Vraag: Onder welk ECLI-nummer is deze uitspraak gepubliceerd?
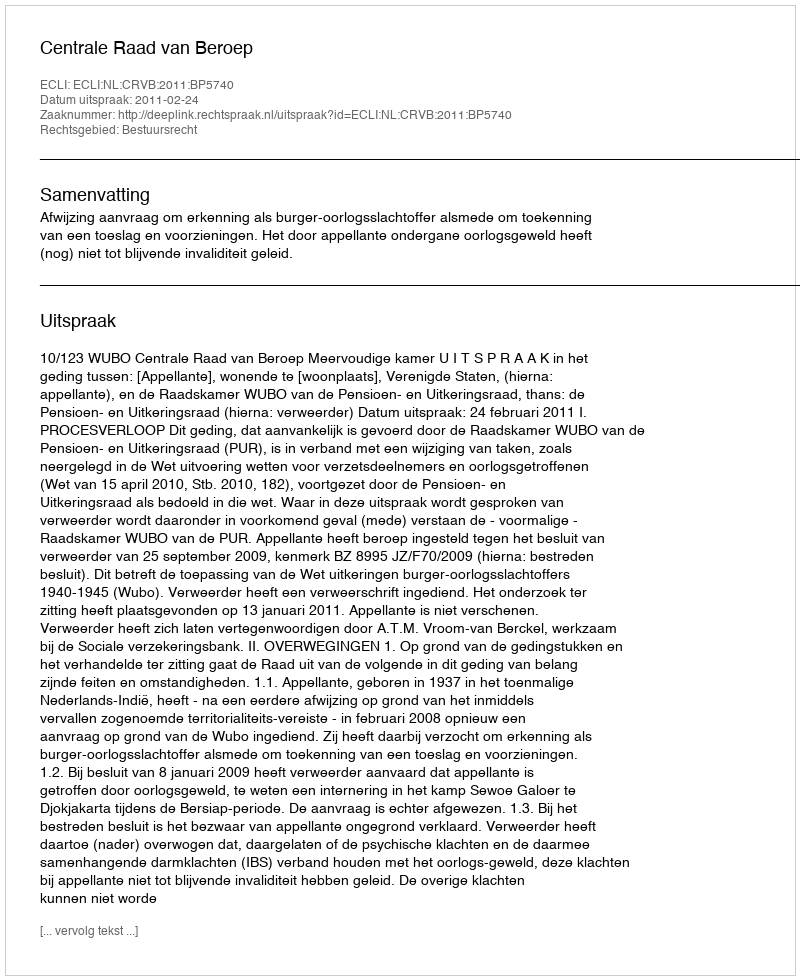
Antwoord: ECLI:NL:CRVB:2011:BP5740